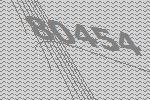
80454